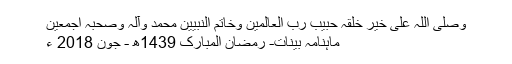
وصلی اللّٰہ علٰی خیر خلقہٖ حبیب رب العالمین وخاتم النبیین محمد وآلہٖ وصحبہٖ أجمعین
ماہنامہ بینات- رمضان المبارک 1439ھ - جون 2018 ء